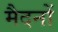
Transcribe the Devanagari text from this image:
मैदनों